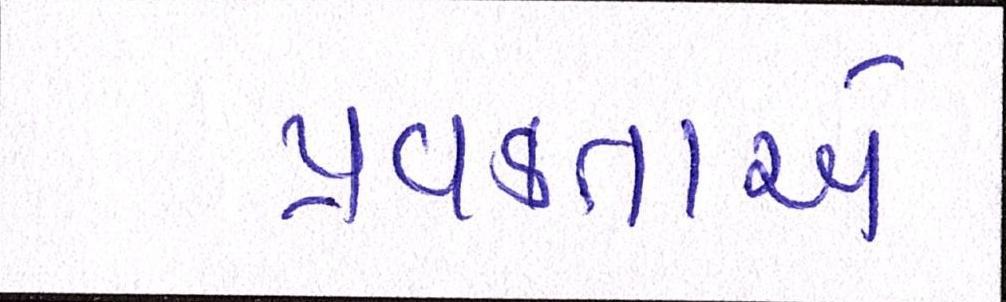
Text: પ્રવક્તાએ